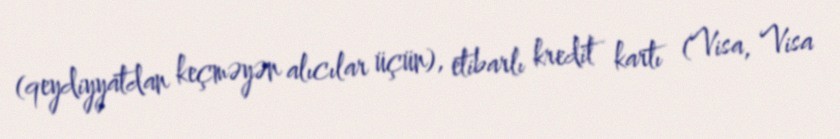
(qeydiyyatdan keçməyən alıcılar üçün), etibarlı kredit kartı (Visa, Visa